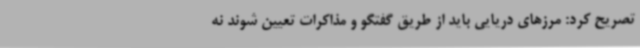
تصریح کرد: مرزهای دریایی باید از طریق گفتگو و مذاکرات تعیین شوند نه